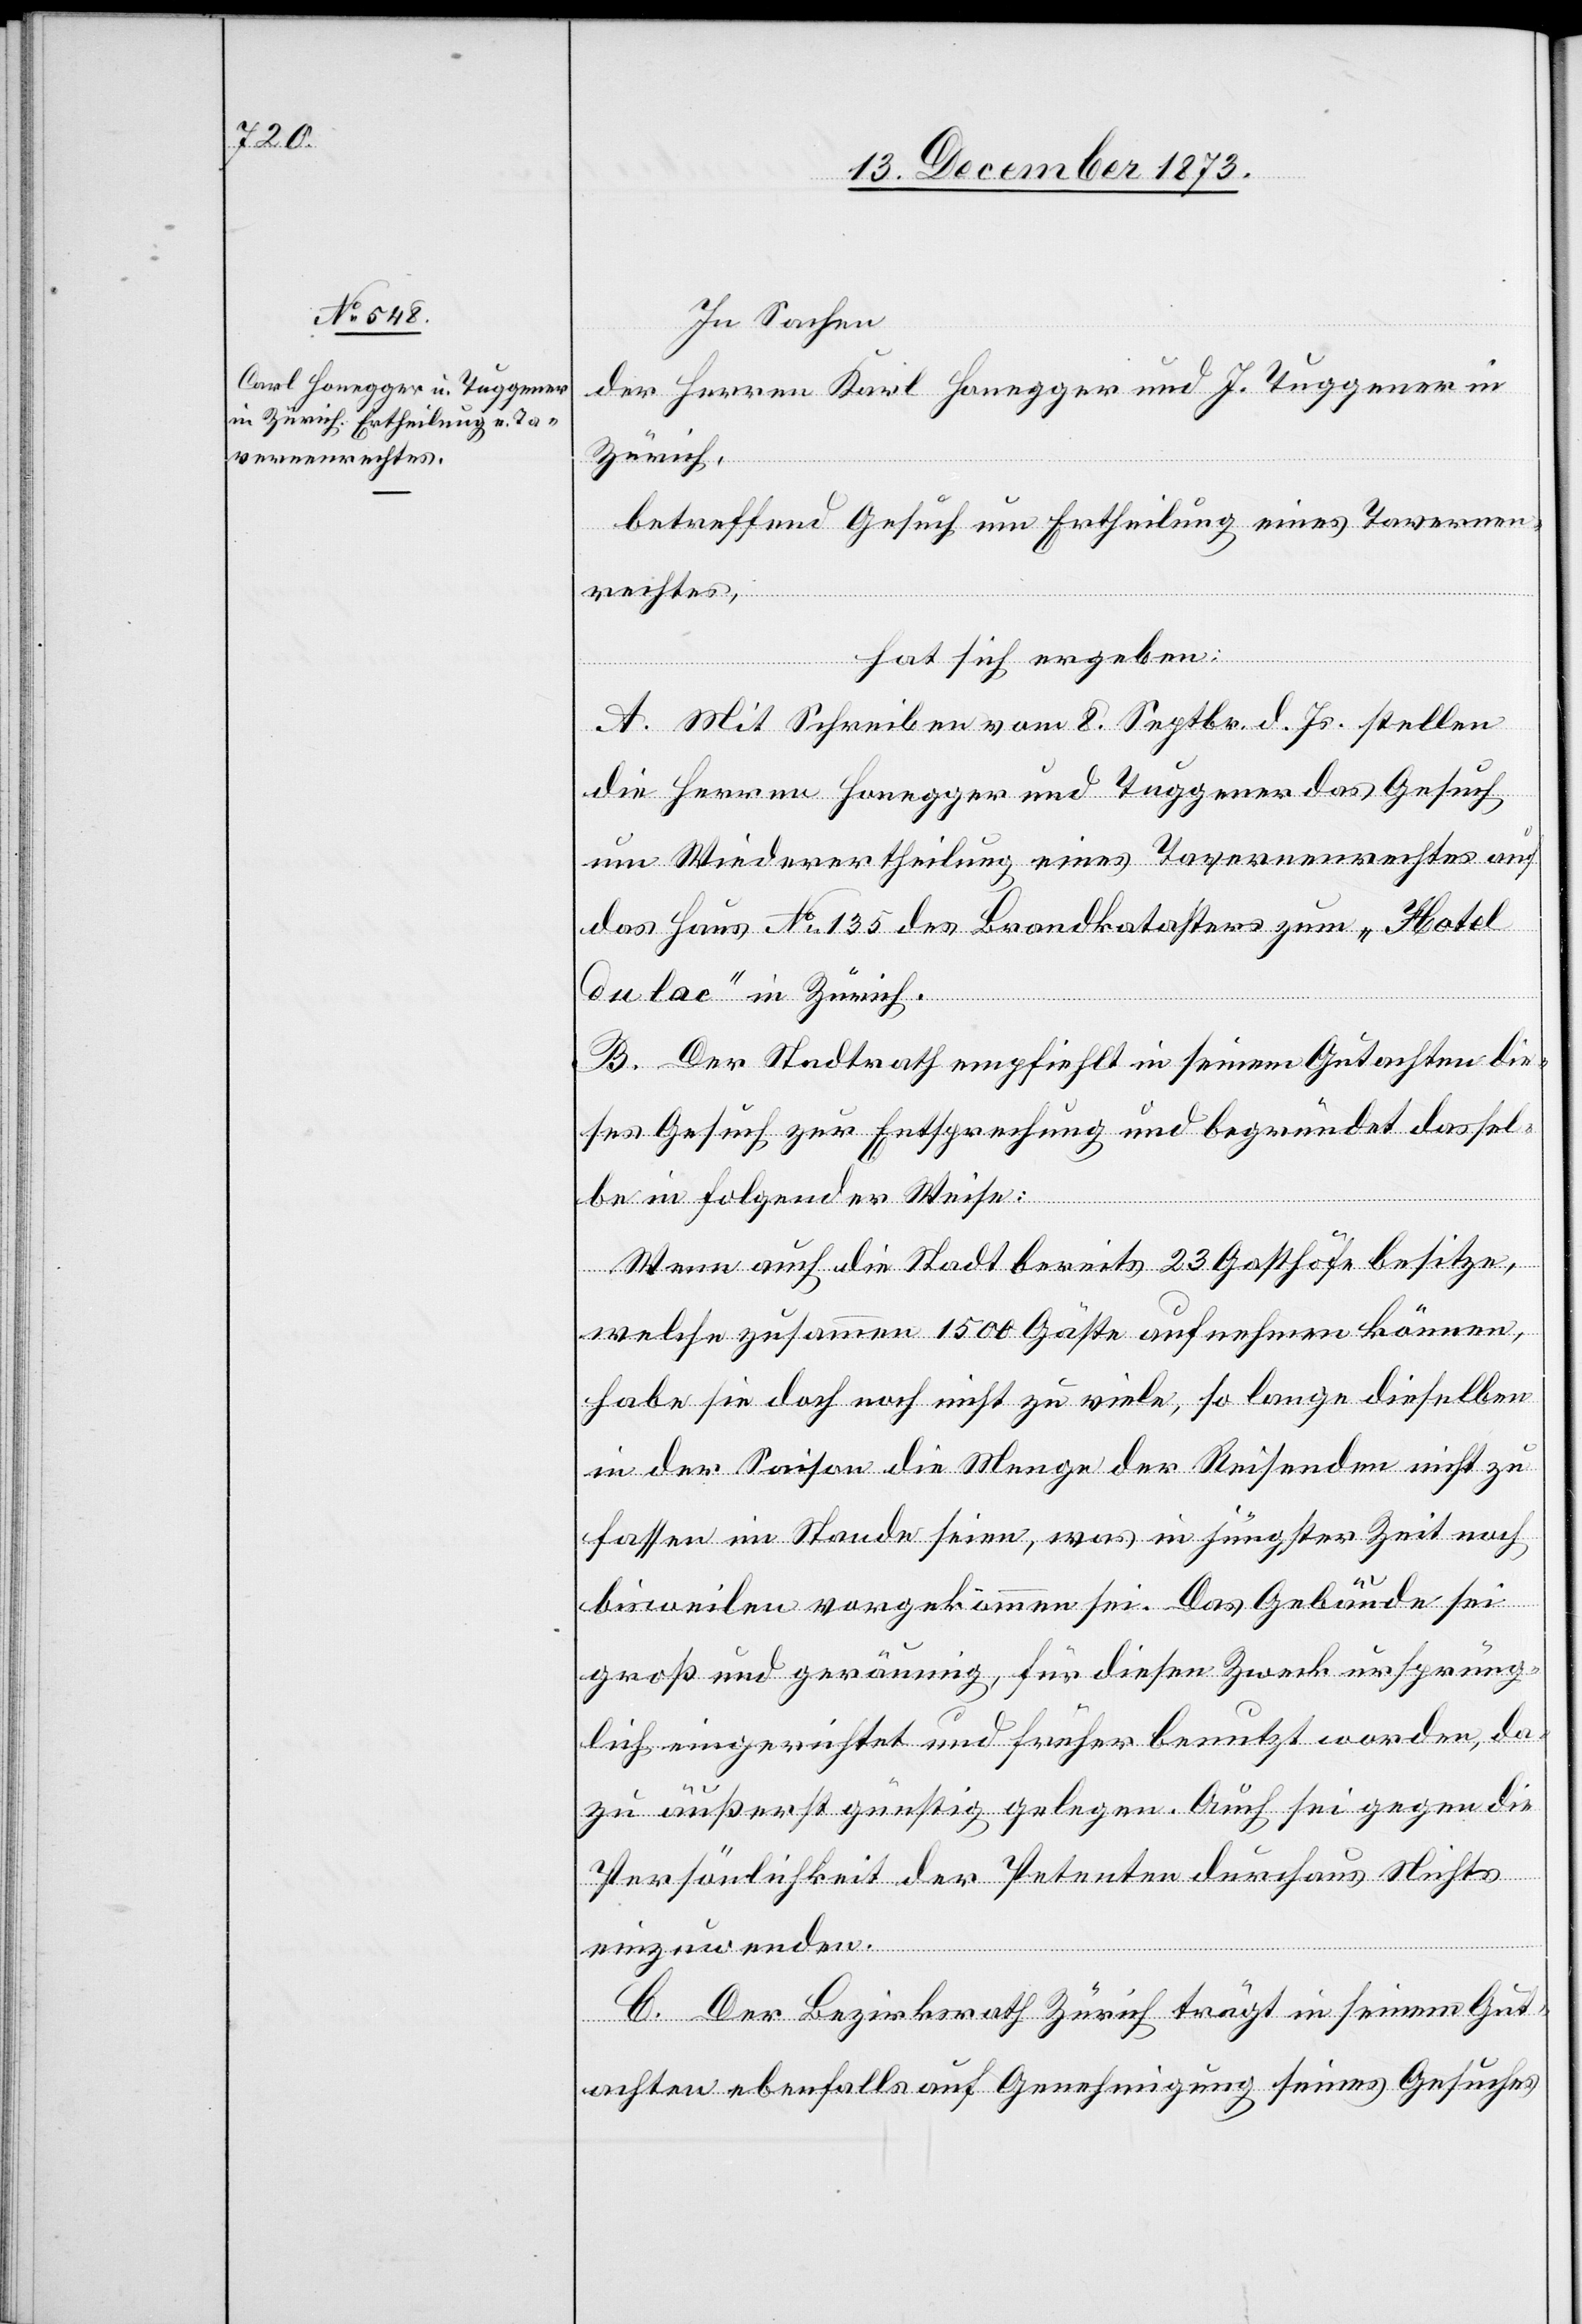
In Sachen
der Herren Karl [sic!] Honegger und J. Tuggener in
Zürich,
betreffend Gesuch um Ertheilung eines Tavernen¬
rechtes,
hat sich ergeben:
A. Mit Schreiben vom 8. Septbr. d. Js. stellen
die Herren Honegger und Tuggener das Gesuch
um Wiederertheilung eines Tavernenrechtes auf
das Haus No 135 des Brandkatasters zum „Hotel
du lac“ in Zürich.
B. Der Stadtrath empfiehlt in seinem Gutachten die¬
ses Gesuch zur Entsprechung und begründet dassel¬
be in folgender Weise:
Wenn auch die Stadt bereits 23 Gasthöfe besitze,
welche zusammen 1 500 Gäste aufnehmen können,
habe sie doch noch nicht zu viele, so lange dieselben
in der Saison die Menge der Reisenden nicht zu
fassen im Stande seien, was in jüngster Zeit noch
bisweilen vorgekommen sei. Das Gebäude sei
groß und geräumig, für diesen Zweck ursprüng¬
lich eingerichtet und früher benutzt worden, da¬
zu äußerst günstig gelegen. Auch sei gegen die
Persönlichkeit der Petenten durchaus Nichts
einzuwenden.
C. Der Bezirksrath Zürich trägt in seinem Gut¬
achten ebenfalls auf Genehmigung seines Gesuches